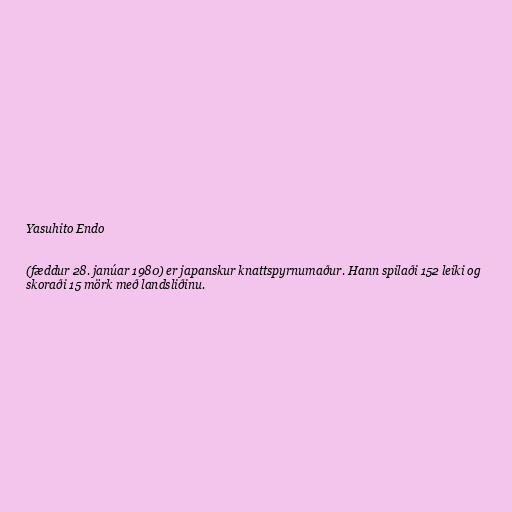
Yasuhito Endo

(fæddur 28. janúar 1980) er japanskur knattspyrnumaður. Hann spilaði 152 leiki og
skoraði 15 mörk með landsliðinu.